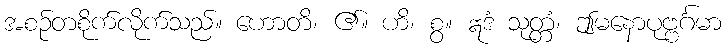
အစဉ်တစိုက်လိုက်သည်။ ဟောတိ၊ ၏။ ဟိ၊ စွ။ ဣဒံ သုတ္တံ၊ ဤမနောပုဗ္ဗင်္ဂမာ